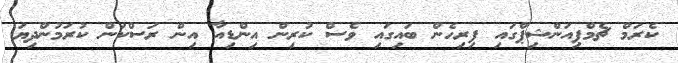
ކެރަމް ޗެމްޕިއަންޝިޕްގައި ފިރިހެން ބައިގައި ވެސް ކުރިން އިންޑިއާ އިން ރަސްކަން ކުރަމުންދިޔަ